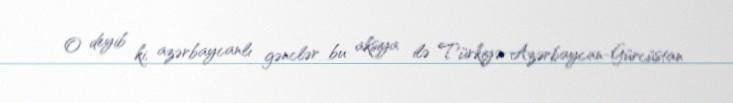
O deyib ki, azərbaycanlı gənclər bu aksiya ilə Türkiyə-Azərbaycan-Gürcüstan